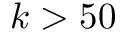
k > 5 0